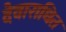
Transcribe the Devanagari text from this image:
देवाराधित